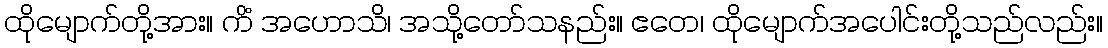
ထိုမျောက်တို့အား။ ကိံ အဟောသိ၊ အသို့တော်သနည်း။ ဧတေ၊ ထိုမျောက်အပေါင်းတို့သည်လည်း။